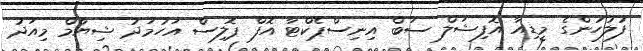
ފުލުހުންގެ މީޑިއާ އޮފިޝަލް ސަބް އިނިސްޕެކްޓާ އޮފް ޕޮލިސް އަހުމަދު ޝިޔާމް މިއަދު